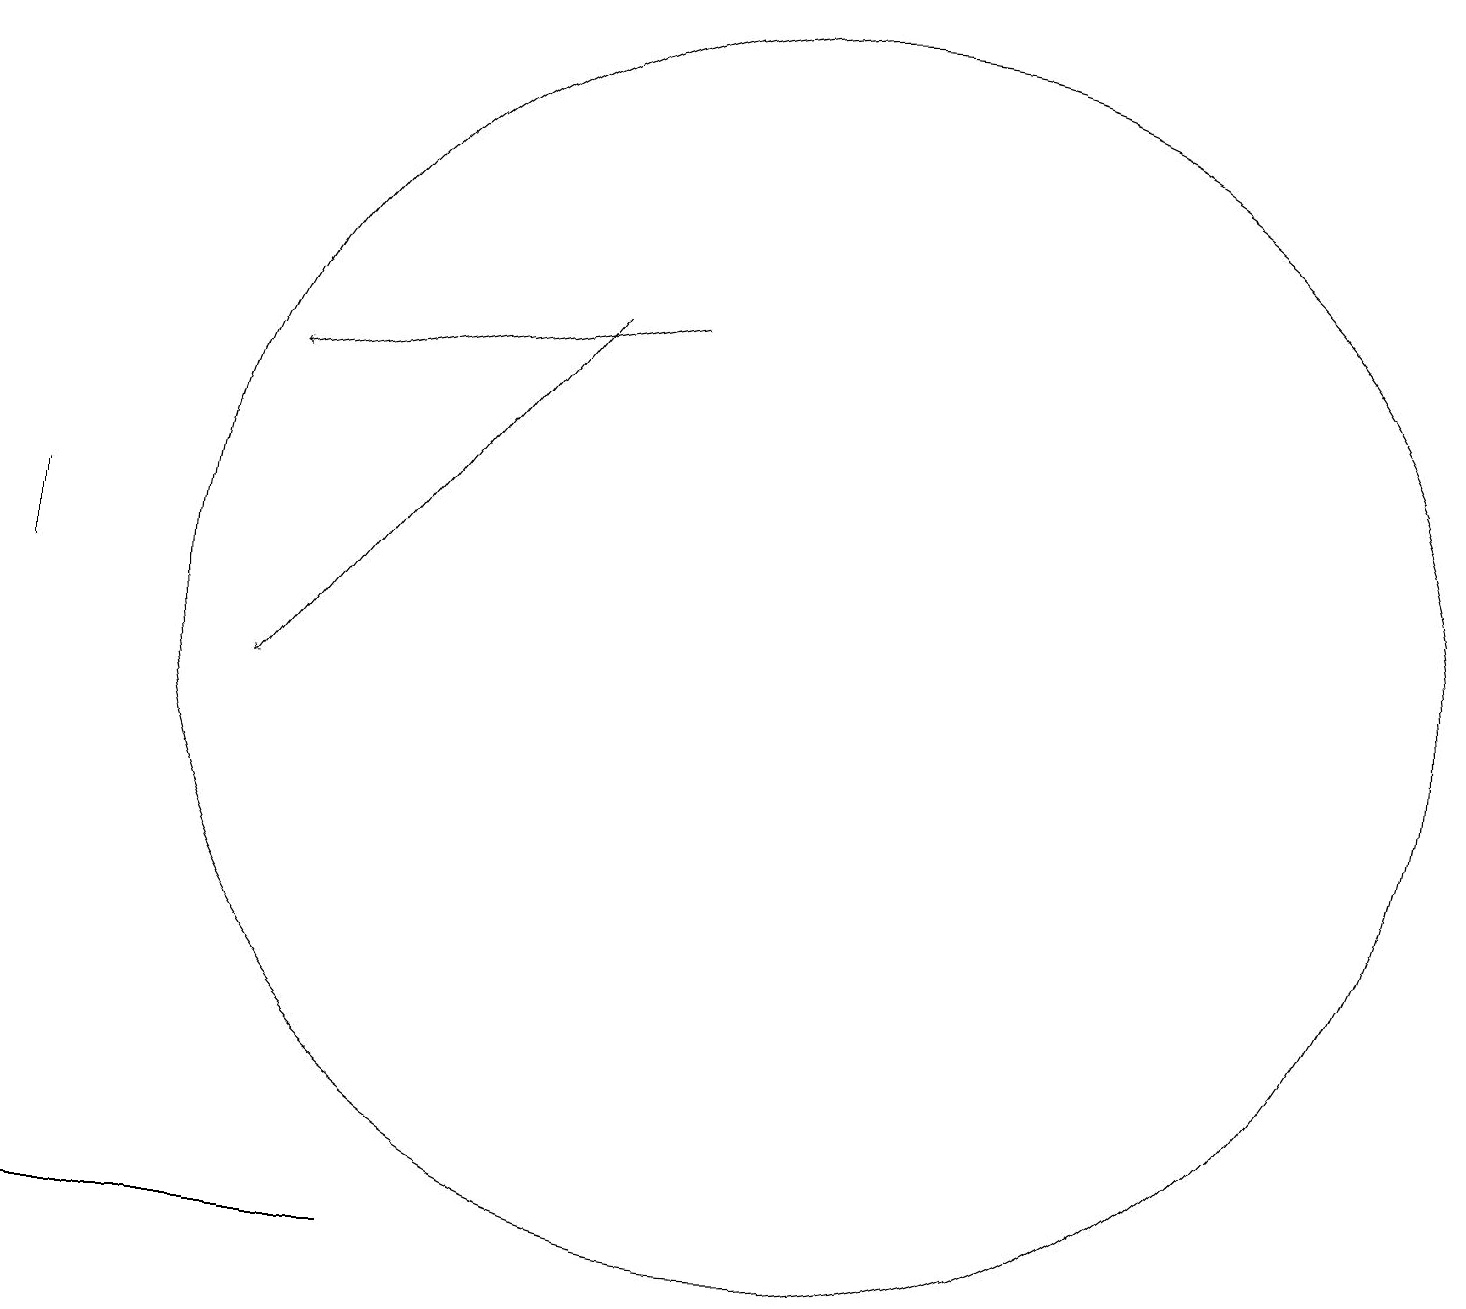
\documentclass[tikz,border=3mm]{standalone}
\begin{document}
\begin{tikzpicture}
\draw (11,12) circle (8);
\draw[->] (9,16) -- (4,15);
\draw (6,4) -- (1,4) -- (1,4) -- cycle;
\draw[->] (8,16) -- (4,11);
\draw (1,12) rectangle (1,13);
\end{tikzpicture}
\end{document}